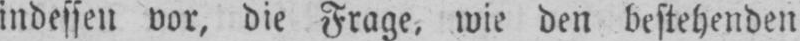
indessen vor, die Frage, wie den bestehenden